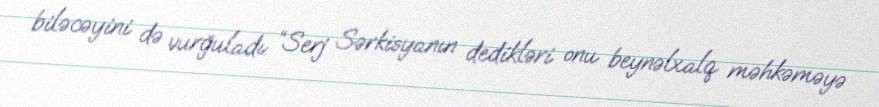
biləcəyini də vurğuladı: “Serj Sərkisyanın dedikləri onu beynəlxalq məhkəməyə